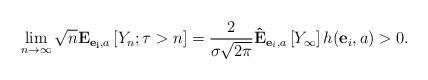
LaTeX: \begin{align*}\lim_{n\rightarrow \infty }\sqrt{n}\mathbf{E}_{\mathbf{e_{i}},a}\left[Y_{n};\tau >n\right] =\frac{2}{\sigma \sqrt{2\pi }}\mathbf{\hat{E}}_{\mathbf{e}_{i},a}\left[ Y_{\infty }\right] h(\mathbf{e}_{i},a)>0. \end{align*}